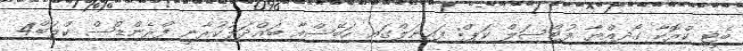
ބެޓީ ކްރޮކާ ގޯދިއްޔާ ފުޓްސަލް ކަޕް: ފައިނަލްގައި ހަބޭސްއާ ބައްދަލުކުރާނީ ފްރެންޑްސް ކްލަބް4